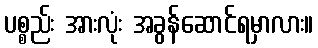
ပစ္စည်း အားလုံး အခွန်ဆောင်ရမှာလား။